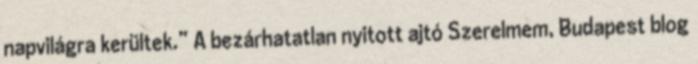
napvilágra kerültek.” A bezárhatatlan nyitott ajtó Szerelmem, Budapest blog